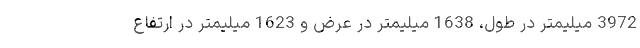
3972 میلیمتر در طول، 1638 میلیمتر در عرض و 1623 میلیمتر در ارتفاع